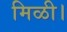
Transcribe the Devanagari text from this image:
मिळी।